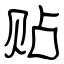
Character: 贴